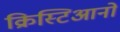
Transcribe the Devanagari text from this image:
क्रिस्टिआनो